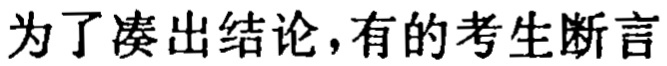
为了凑出结论,有的考生断言